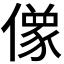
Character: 𰂸